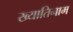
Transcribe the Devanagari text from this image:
ख्यातिनाम